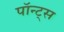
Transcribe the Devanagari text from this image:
पॉन्ट्स